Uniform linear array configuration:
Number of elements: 12
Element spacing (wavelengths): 0.25
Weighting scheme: exponential
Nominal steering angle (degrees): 15
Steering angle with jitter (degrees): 13.495
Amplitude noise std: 0.05
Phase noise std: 0.05

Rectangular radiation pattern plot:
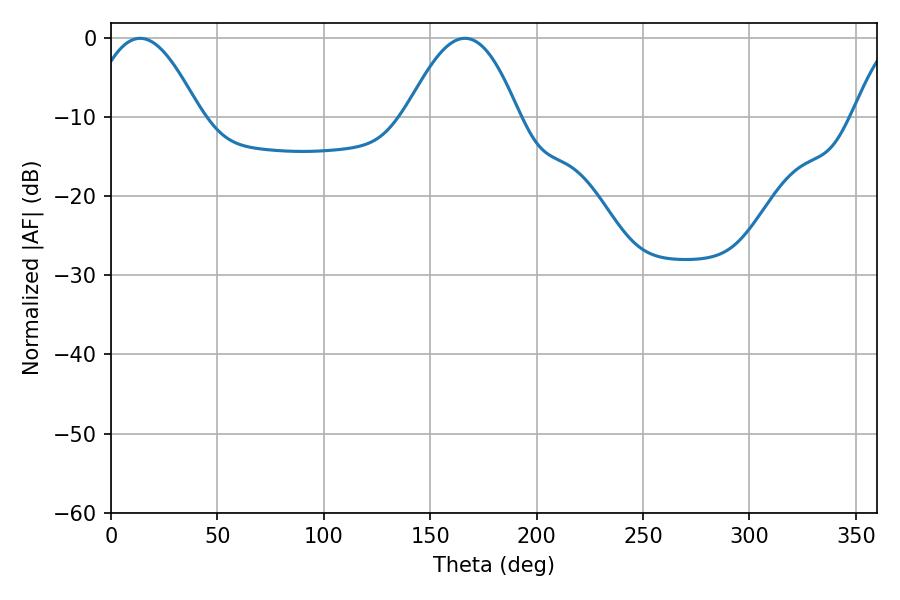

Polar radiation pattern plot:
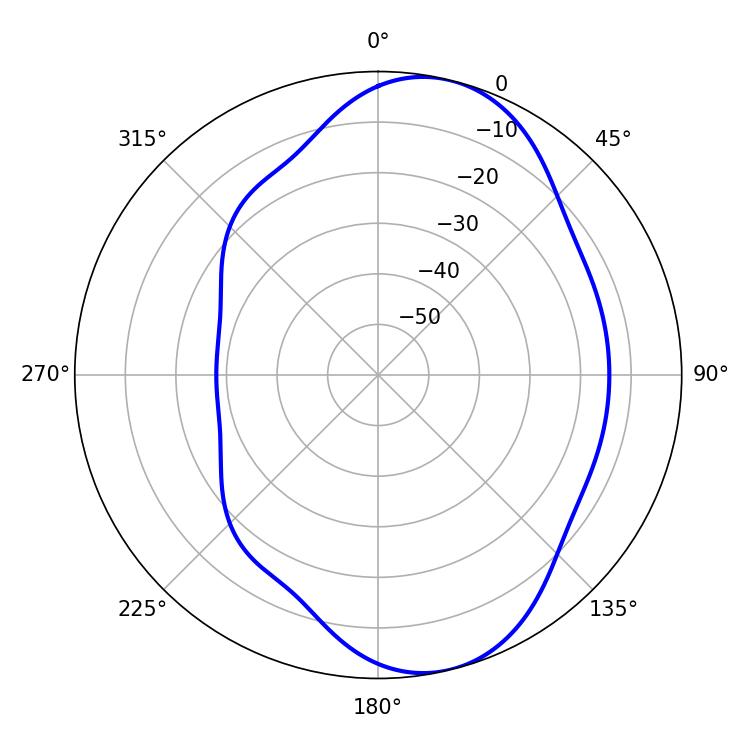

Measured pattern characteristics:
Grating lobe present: FALSE
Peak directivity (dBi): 8.069
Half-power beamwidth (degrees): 28.62
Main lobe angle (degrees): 13.68